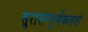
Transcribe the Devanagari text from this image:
सुरासम्पूर्णकलशं